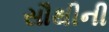
સૌથીની